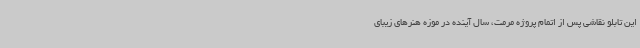
این تابلو نقاشی پس از اتمام پروژه مرمت، سال آینده در موزه هنرهای زیبای